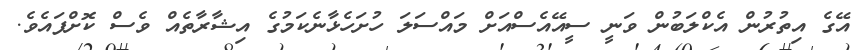
އޭގެ އިތުރުން އެކްލަބުން ވަނީ ސީއޭއެސްއަށް މައްސަލަ ހުށަހެޅާނެކަމުގެ އިޝާރާތެއް ވެސް ކޮށްފައެވެ.